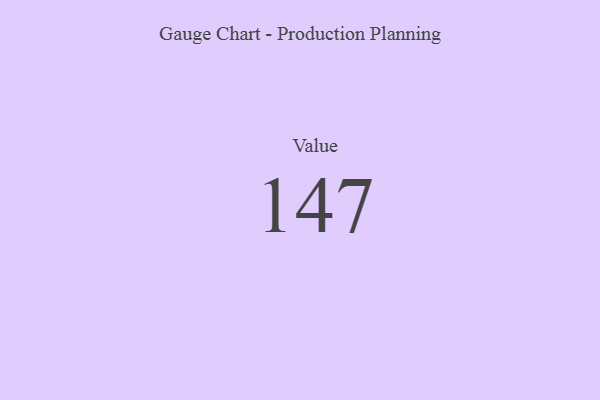
{"axis": {"x": "Metric", "y": "Value"}, "legend": [""], "data": [{"x": "Value", "y": 147, "type": ""}]}